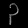
Digit: ၃